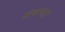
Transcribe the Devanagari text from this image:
अंधारातुन